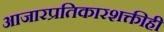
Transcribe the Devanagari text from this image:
आजारप्रतिकारशक्तीही